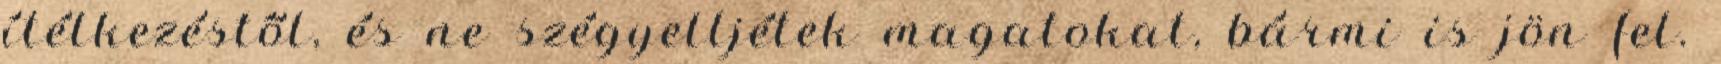
ítélkezéstől, és ne szégyelljétek magatokat, bármi is jön fel.